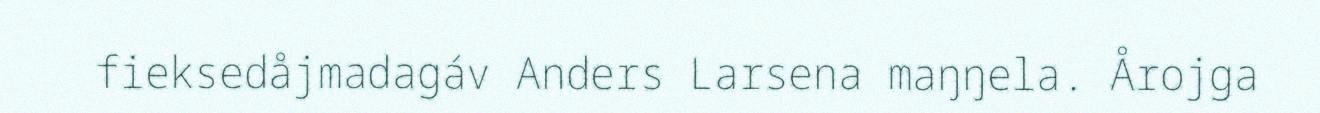
fieksedåjmadagáv Anders Larsena maŋŋela. Årojga